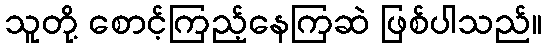
သူတို့ စောင့်ကြည့်နေကြဆဲ ဖြစ်ပါသည်။